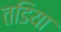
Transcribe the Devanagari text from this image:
तडिया